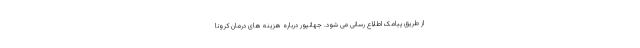
از طریق پیامک اطلاع رسانی می شود. جهانپور درباره هزینه های درمان کرونا